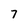
Character: 7